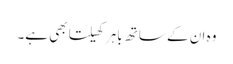
وہ ان کے ساتھ باہر کھیلتا بھی ہے۔